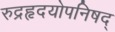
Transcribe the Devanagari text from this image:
रुद्रहृदयोपनिषद्